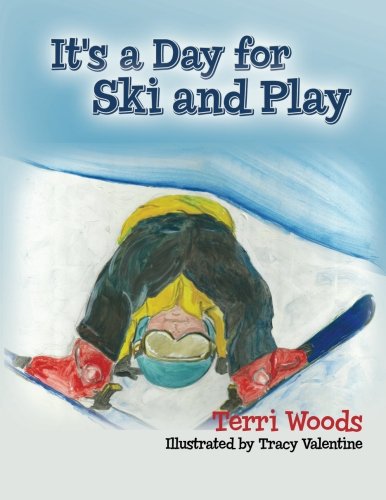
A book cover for It's a Day for Ski and Play; Terri Woods; Children's Books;